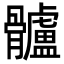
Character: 髗